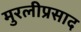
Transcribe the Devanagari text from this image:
मुरलीप्रसाद